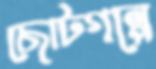
ছোটগল্পে